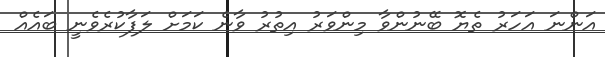
އަންނަ އަހަރު ތެޔޮ ބޭނުންވާ މިންވަރު އިތުރު ވާނެ ކަމަށް ލަފާކުރެވެނީ ބައެއް